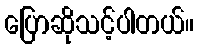
ပြောဆိုသင့်ပါတယ်။